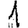
Digit: 1